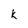
Character: K